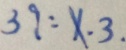
3 9 : x . 3 .